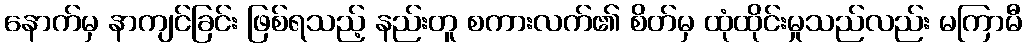
နောက်မှ နာကျင်ခြင်း ဖြစ်ရသည့် နည်းတူ စကားလက်၏ စိတ်မှ ထုံထိုင်းမှုသည်လည်း မကြာမီ